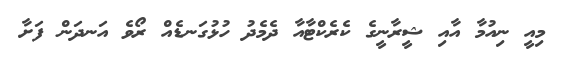
މިއީ ނިއުމާ އާއި ޝީރާނީގެ ކެރެކްޓާއާ ދެމެދު ހުޅުގަނޑެއް ރޯވެ އަނދަން ފަށާ